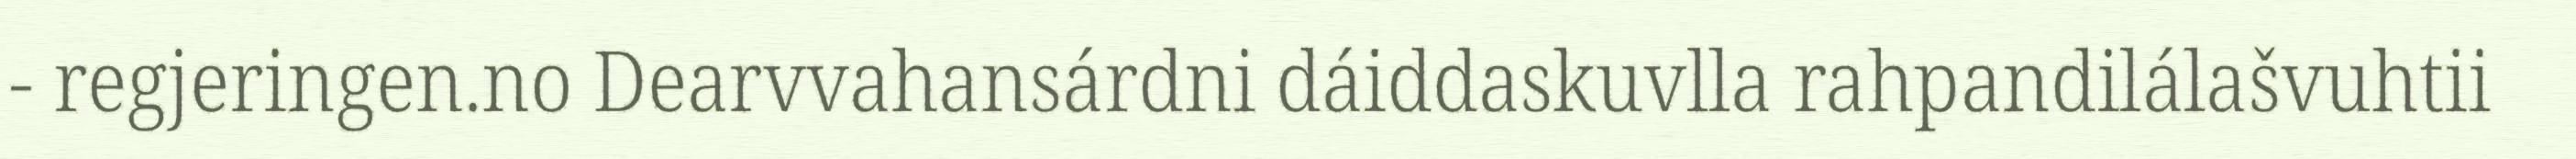
- regjeringen.no Dearvvahansárdni dáiddaskuvlla rahpandilálašvuhtii